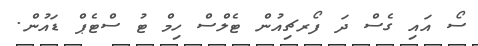
ސޯ އައި ގެސް ދަ ފޯރޗިއުން ޓެލްސް ހިމް ޓު ސްޓެޕް ޑައުން.